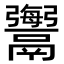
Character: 𩱟